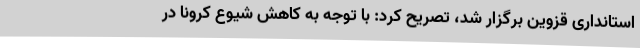
استانداری قزوین برگزار شد، تصریح کرد: با توجه به کاهش شیوع کرونا در